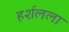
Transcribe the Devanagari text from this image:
हर्शलला